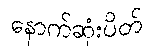
နောက်ဆုံးပိတ်